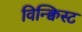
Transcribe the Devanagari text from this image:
विन्क्विस्ट